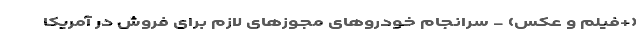
(+فیلم و عکس) - سرانجام خودروهای مجوزهای لازم برای فروش در آمریکا